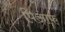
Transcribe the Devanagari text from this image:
पिआफ